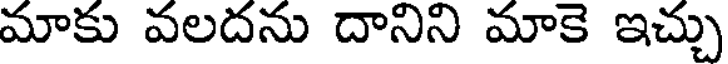
మాకు వలదను దానిని మాకె ఇచ్చు